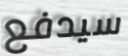
سيدفع